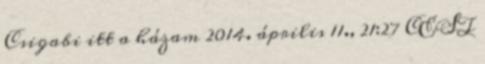
Csigabi itt a házam 2014. április 11., 21:27 CEST